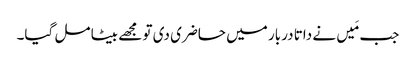
جب مَیں نے داتا دربار میں حاضری دی تو مجھے بیٹا مل گیا۔